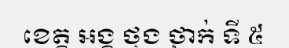
ខេត្ត អង្គ ថុង ថ្នាក់ ទី ៥